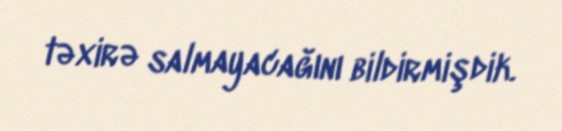
təxirə salmayacağını bildirmişdik.